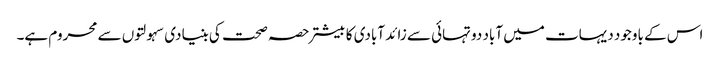
اس کے باوجود دیہات میں آباد دو تہائی سے زائد آبادی کا بیشتر حصہ صحت کی بنیادی سہولتوں سے محروم ہے۔